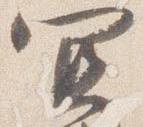
宜